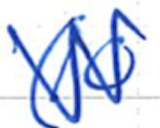
Text: (10
Cross-out: zig-zag
Writing tool: ballpoint